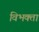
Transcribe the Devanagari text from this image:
विभक्ता